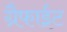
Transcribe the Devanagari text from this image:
ग्रैफाईट